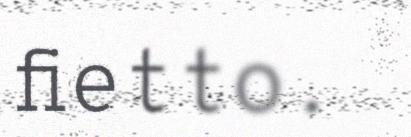
fietto.